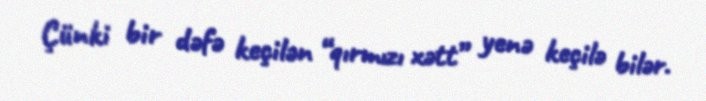
Çünki bir dəfə keçilən “qırmızı xətt” yenə keçilə bilər.